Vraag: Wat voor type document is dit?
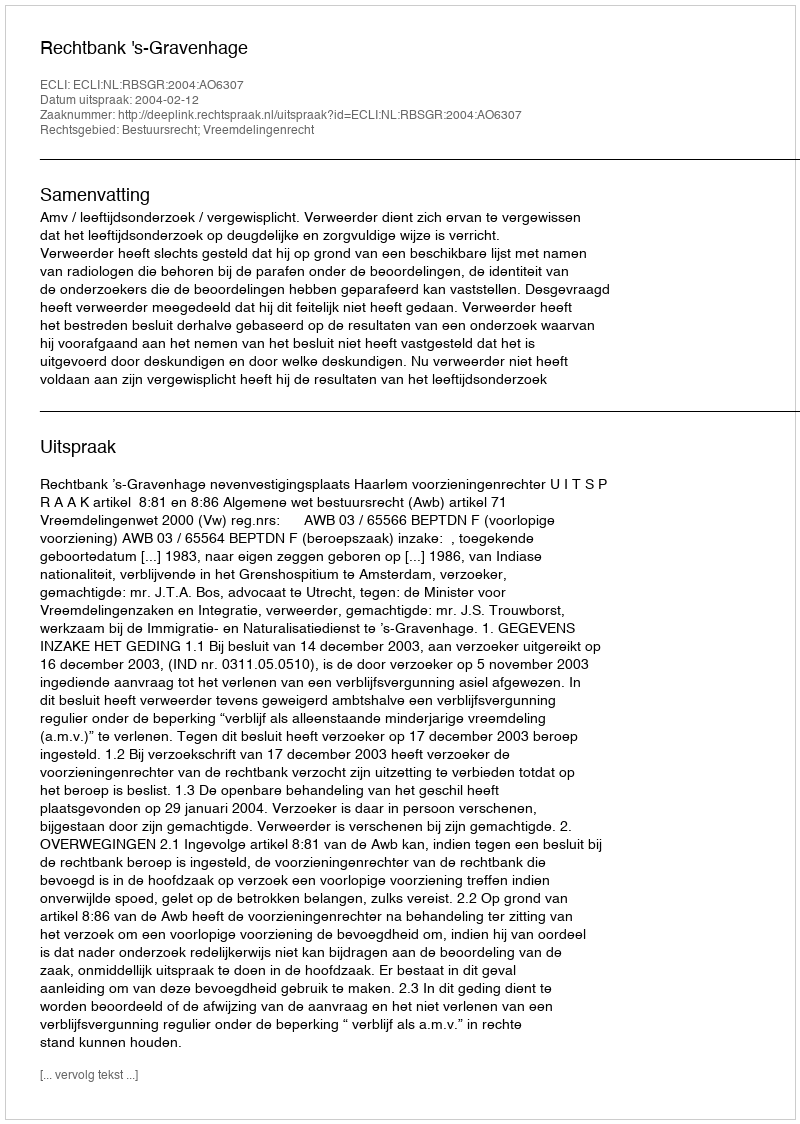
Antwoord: Uitspraak